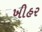
ખીહર